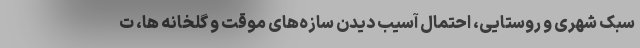
سبک شهری و روستایی، احتمال آسیب دیدن سازه‌های موقت و گلخانه ها، ت